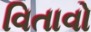
વિતાવો